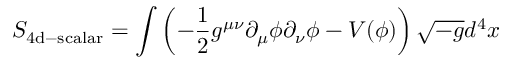
S _ { \mathrm { 4 d - s c a l a r } } = \int { \left( - { \frac { 1 } { 2 } } g ^ { \mu \nu } \partial _ { \mu } \phi \partial _ { \nu } \phi - V ( \phi ) \right) \sqrt { - g } d ^ { 4 } x }